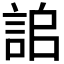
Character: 𧧆